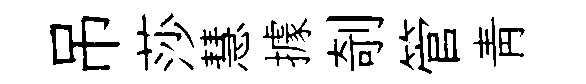
吊莎慧據剞管青